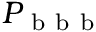
P _ { \mathrm { ~ b ~ b ~ b ~ } }